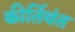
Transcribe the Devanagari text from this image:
कीर्तिवंत